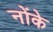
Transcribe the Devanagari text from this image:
नोंके